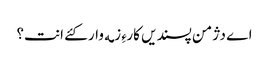
اے دژمن پسندیں کارءِ زمه وار کئے انت؟